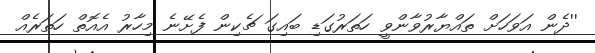
''ދެން އަވަހަށް ތައްޔާރުވާންވީ ހަތަރުގަޑި ބައިގަ ޗެކިން ފެށޭނެ މިހާރު އެއޮތް ހަތަރެއް